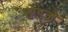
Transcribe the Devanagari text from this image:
छोड़्ने